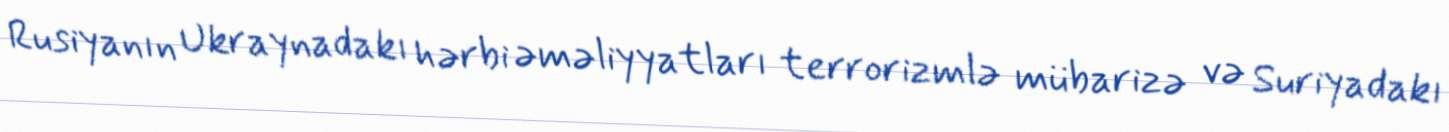
Rusiyanın Ukraynadakı hərbi əməliyyatları terrorizmlə mübarizə və Suriyadakı